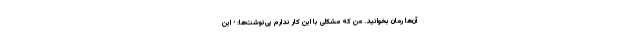
آن‌ها رمان بخوانید. من که مشکلی با این کار ندارم پی‌نوشت‌ها: • این